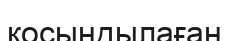
қосындылаған